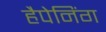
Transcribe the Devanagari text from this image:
हैपेनिंग